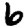
Digit: 6